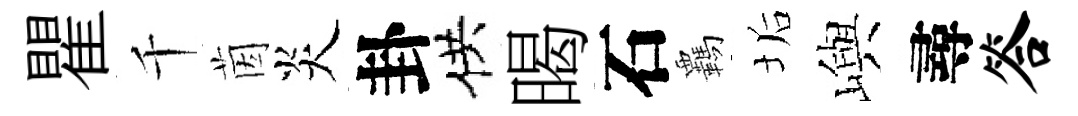
瞿千茵炎卦供暍石覊垢嶼尋答